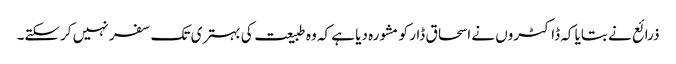
ذرائع نے بتایا کہ ڈاکٹروں نے اسحاق ڈار کو مشورہ دیا ہے کہ وہ طبیعت کی بہتری تک سفر نہیں کرسکتے۔